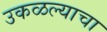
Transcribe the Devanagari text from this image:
उकळल्याचा